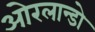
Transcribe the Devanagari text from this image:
ओरलान्डो